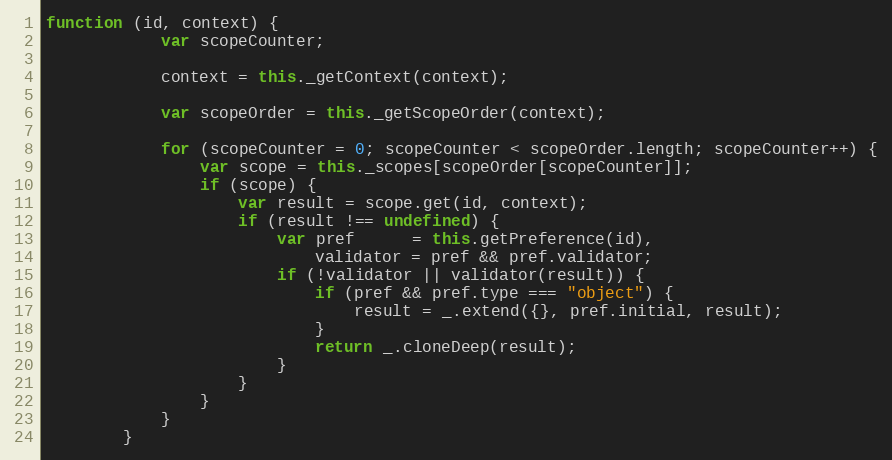
Language: JavaScript
function (id, context) {
            var scopeCounter;

            context = this._getContext(context);

            var scopeOrder = this._getScopeOrder(context);

            for (scopeCounter = 0; scopeCounter < scopeOrder.length; scopeCounter++) {
                var scope = this._scopes[scopeOrder[scopeCounter]];
                if (scope) {
                    var result = scope.get(id, context);
                    if (result !== undefined) {
                        var pref      = this.getPreference(id),
                            validator = pref && pref.validator;
                        if (!validator || validator(result)) {
                            if (pref && pref.type === "object") {
                                result = _.extend({}, pref.initial, result);
                            }
                            return _.cloneDeep(result);
                        }
                    }
                }
            }
        }